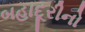
બહાદૂરીનો